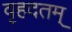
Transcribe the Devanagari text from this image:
वृहदतम्